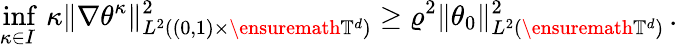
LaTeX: \operatorname*{inf}_{\kappa\in I}\, \kappa\| \nabla\theta^{\kappa}\| _{L^{2}((0,1)\times\ensuremath{\mathbb{T}}^{d})}^{2}\geq\varrho^{2}\| \theta_{0}\| _{L^{2}(\ensuremath{\mathbb{T}}^{d})}^{2}\, .